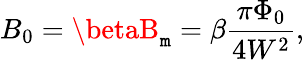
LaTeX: B_{0}=\betaB_{\mathtt{m}}=\beta\frac{{\pi\Phi_{0}}}{{4W^{2}}},